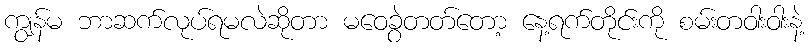
ကျွန်မ ဘာဆက်လုပ်ရမလဲဆိုတာ မဝေခွဲတတ်တော့ နေ့ရက်တိုင်းကို စမ်းတဝါးဝါးနဲ့